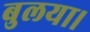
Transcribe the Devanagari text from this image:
बुलया।